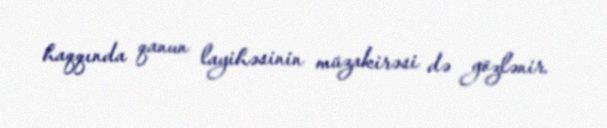
haqqında qanun layihəsinin müzakirəsi də gözlənir.